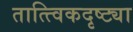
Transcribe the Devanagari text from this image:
तात्त्विकदृष्ट्या